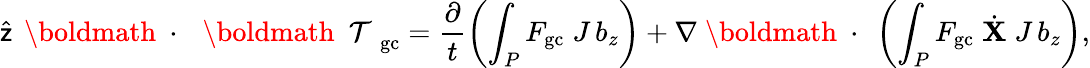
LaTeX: \widehat{\sf z}\, \mathrm{~\boldmath~\cdot~}\, \mathrm{~\boldmath~\cal~T~}_{\mathrm{gc}}=\frac{\partial}{t}\left(\int_{P}F_{\mathrm{gc}}\; J\, b_{z}\right)+\nabla\mathrm{~\boldmath~\cdot~}\left(\int_{P}F_{\mathrm{gc}}\; \dot{\mathbf X}\; J\, b_{z}\right),